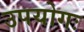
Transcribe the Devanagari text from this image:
उपयोगः